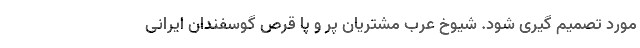
مورد تصمیم گیری شود. شیوخ عرب مشتریان پر و پا قرص گوسفندان ایرانی